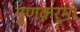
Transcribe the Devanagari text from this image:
गुणकर्म।